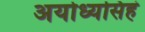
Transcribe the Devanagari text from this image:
अयोध्यसिहं